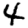
Digit: 4